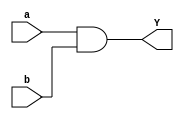
module and_gateDM(a,b,Y);
input a,b;
output Y;
assign Y=a&b;
endmodule